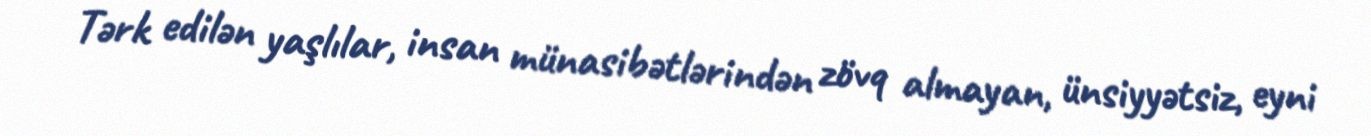
Tərk edilən yaşlılar, insan münasibətlərindən zövq almayan, ünsiyyətsiz, eyni